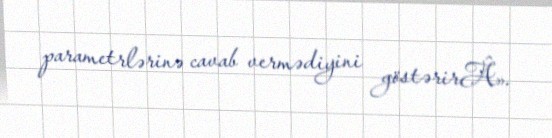
parametrlərinə cavab vermədiyini göstərirÂ».